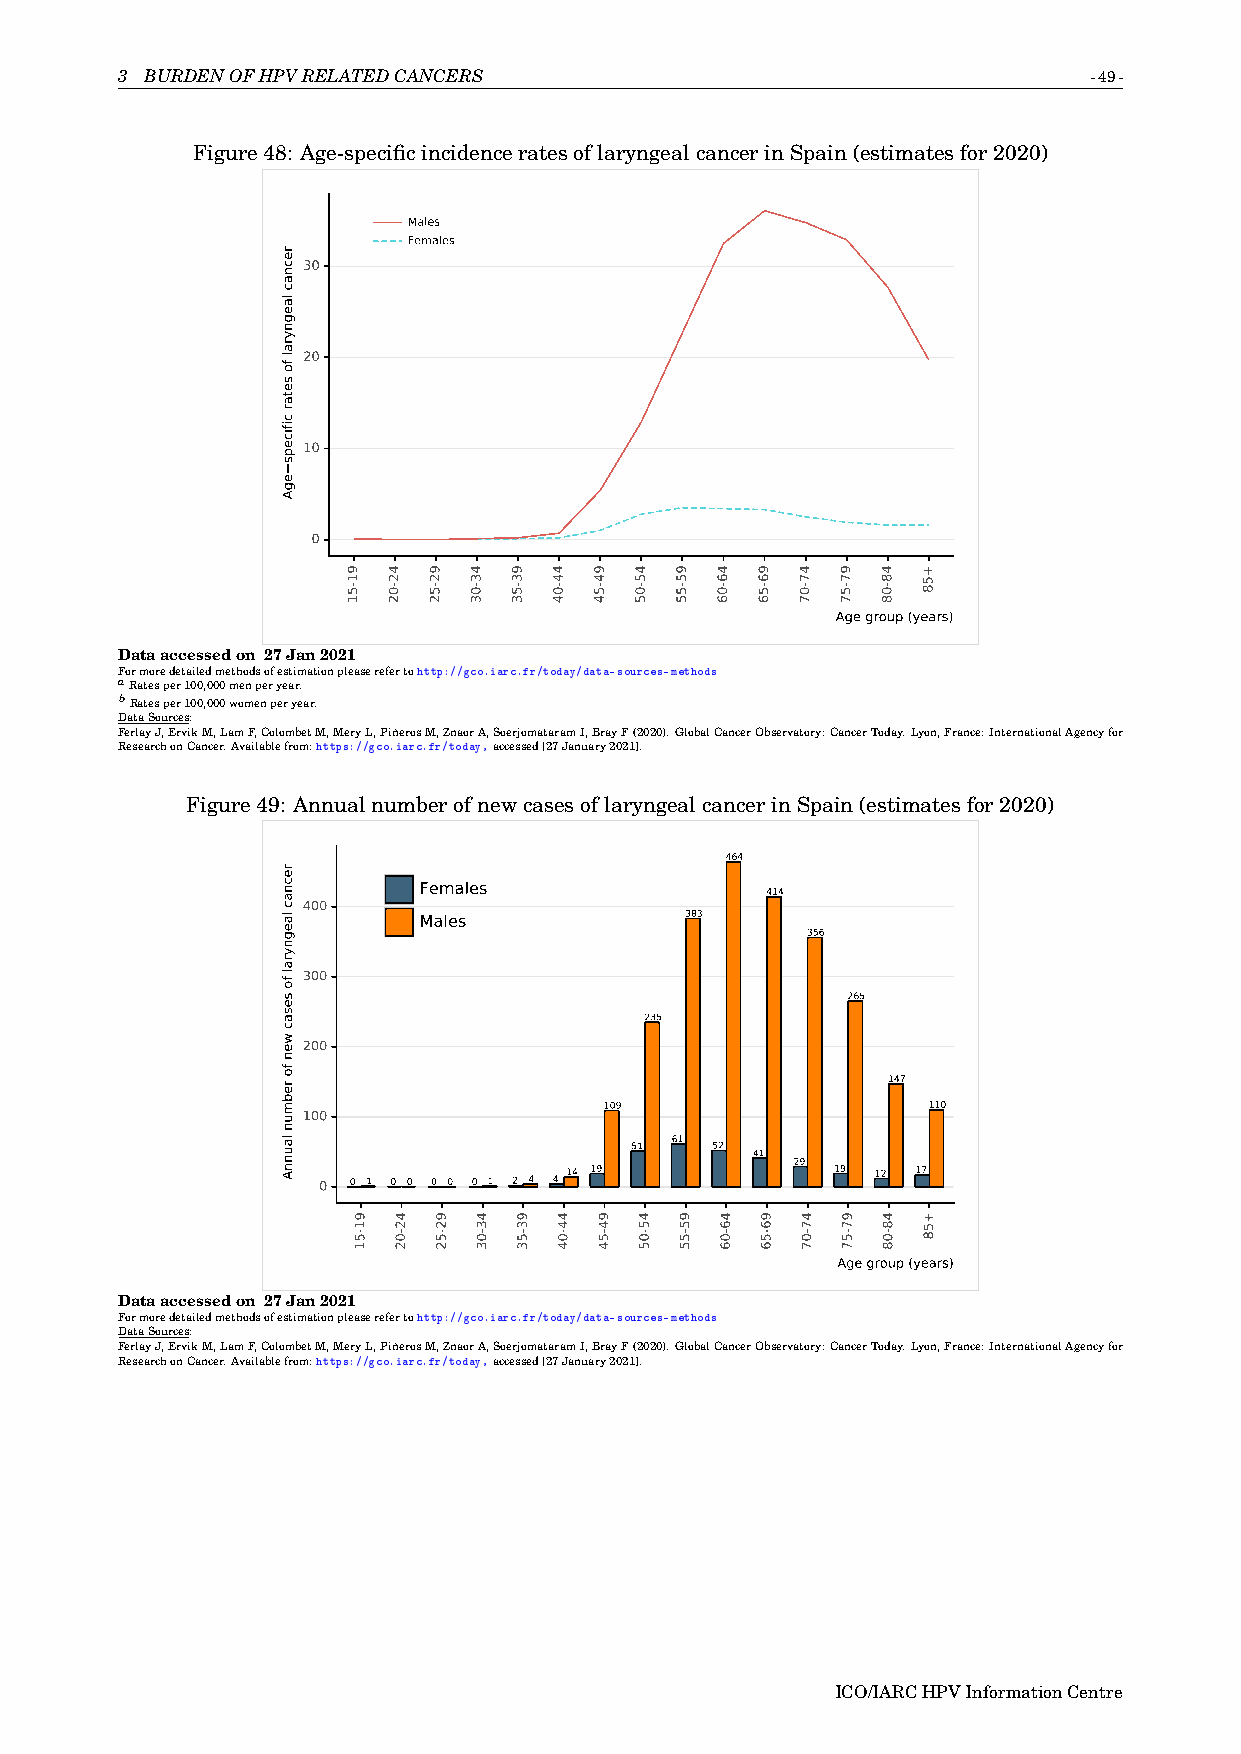
3 BURDENOFHPVRELATEDCANCERS                                     -49-
 Figure48: Age-specificincidenceratesoflaryngealcancerinSpain(estimatesfor2020)
 Males
 Females
 30
 20
 10
 0
 Age group (years)
 Dataaccessedon 27Jan2021
 Formoredetailedmethodsofestimationpleaserefertohttp://gco.iarc.fr/today/data-sources-methods
 aRatesper100,000menperyear.
 bRatesper100,000womenperyear.
 DataSources:
 FerlayJ,ErvikM,LamF,ColombetM,MeryL,PiñerosM,ZnaorA,SoerjomataramI,BrayF(2020).GlobalCancerObservatory:CancerToday.Lyon,France:InternationalAgencyfor
 ResearchonCancer.Availablefrom:https://gco.iarc.fr/today,accessed[27January2021].
 Figure49: AnnualnumberofnewcasesoflaryngealcancerinSpain(estimatesfor2020)
 464
 Females                414
 400
 383
 Males
 356
 300
 265
 235
 200
 147
 109                  110
 100
 61
 51   52
 41
 29
 0 0 1 0 0 0 0 0 1 2 4 4 14 19     19 12 17
 Age group (years)
 Dataaccessedon 27Jan2021
 Formoredetailedmethodsofestimationpleaserefertohttp://gco.iarc.fr/today/data-sources-methods
 DataSources:
 FerlayJ,ErvikM,LamF,ColombetM,MeryL,PiñerosM,ZnaorA,SoerjomataramI,BrayF(2020).GlobalCancerObservatory:CancerToday.Lyon,France:InternationalAgencyfor
 ResearchonCancer.Availablefrom:https://gco.iarc.fr/today,accessed[27January2021].
 ICO/IARCHPVInformationCentre
 recnac
 laegnyral
 fo
 setar
 cificeps
 egA
 recnac
 laegnyral
 fo
 sesac
 wen
 fo
 rebmun
 launnA
 91-51
 91-51
 42-02
 42-02
 92-52
 92-52
 43-03
 43-03
 93-53
 93-53
 44-04
 44-04
 94-54
 94-54
 45-05
 45-05
 95-55
 95-55
 46-06
 46-06
 96-56
 96-56
 47-07
 47-07
 97-57
 97-57
 48-08
 48-08
 +58
 +58